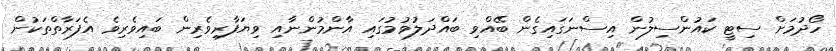
ހޯދުމަށް ސިޓީ ކައުންސިލުން އިސްނަގައިގެން ބޭއްވި ބައްދަލުވުމުގައި އާންމުންނާއި ވިޔަފާރިވެރިން ބައިވެރިވެ އެފަރާތްތަކުން